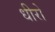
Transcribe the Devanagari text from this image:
धीरो